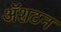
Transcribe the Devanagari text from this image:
ॲशटन